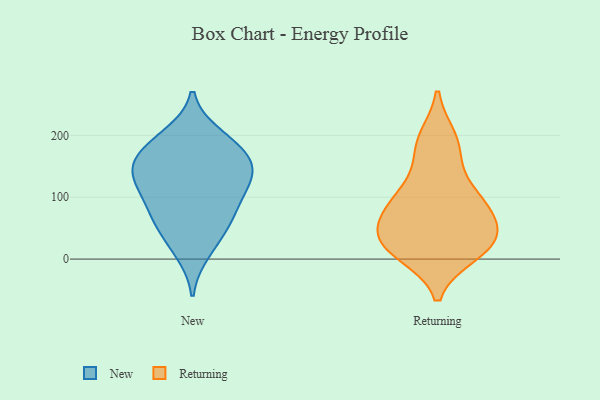
{"axis": {"x": "Temperature (°C)", "y": "Value"}, "legend": ["New", "Returning"], "data": [{"x": "", "y": 190, "type": "New"}, {"x": "", "y": 150, "type": "New"}, {"x": "", "y": 111, "type": "New"}, {"x": "", "y": 35, "type": "New"}, {"x": "", "y": 11, "type": "New"}, {"x": "", "y": 67, "type": "New"}, {"x": "", "y": 180, "type": "New"}, {"x": "", "y": 139, "type": "New"}, {"x": "", "y": 160, "type": "New"}, {"x": "", "y": 74, "type": "New"}, {"x": "", "y": 70, "type": "New"}, {"x": "", "y": 126, "type": "New"}, {"x": "", "y": 153, "type": "New"}, {"x": "", "y": 200, "type": "New"}, {"x": "", "y": 116, "type": "New"}, {"x": "", "y": 81, "type": "Returning"}, {"x": "", "y": 194, "type": "Returning"}, {"x": "", "y": 117, "type": "Returning"}, {"x": "", "y": 91, "type": "Returning"}, {"x": "", "y": 177, "type": "Returning"}, {"x": "", "y": 78, "type": "Returning"}, {"x": "", "y": 10, "type": "Returning"}, {"x": "", "y": 33, "type": "Returning"}, {"x": "", "y": 31, "type": "Returning"}, {"x": "", "y": 18, "type": "Returning"}, {"x": "", "y": 38, "type": "Returning"}]}